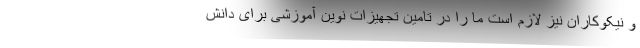
و نیکوکاران نیز لازم است ما را در تامین تجهیزات نوین آموزشی برای دانش